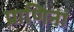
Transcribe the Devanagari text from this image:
प्राणिनां